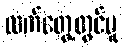
လက်တွေ့တွင်မူ